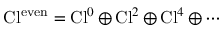
\operatorname { C l } ^ { \mathrm { e v e n } } = \operatorname { C l } ^ { 0 } \oplus \operatorname { C l } ^ { 2 } \oplus \operatorname { C l } ^ { 4 } \oplus \cdots